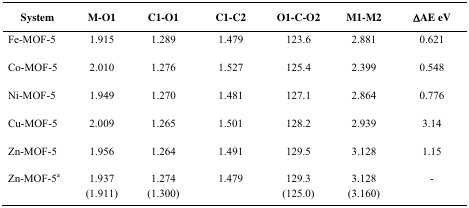
<table><thead><tr><td><b>System</b></td><td><b>M–O1</b></td><td><b>C1–O1</b></td><td><b>C1–C2</b></td><td><b>O1–C–O2</b></td><td><b>M1–M2</b></td><td><b>ΔAE eV</b></td></tr></thead><tbody><tr><td>Fe-MOF-5</td><td>1.915</td><td>1.289</td><td>1.479</td><td>123.6</td><td>2.881</td><td>0.621</td></tr><tr><td>Co-MOF-5</td><td>2.010</td><td>1.276</td><td>1.527</td><td>125.4</td><td>2.399</td><td>0.548</td></tr><tr><td>Ni-MOF-5</td><td>1.949</td><td>1.270</td><td>1.481</td><td>127.1</td><td>2.864</td><td>0.776</td></tr><tr><td>Cu-MOF-5</td><td>2.009</td><td>1.265</td><td>1.501</td><td>128.2</td><td>2.939</td><td>3.14</td></tr><tr><td>Zn-MOF-5</td><td>1.956</td><td>1.264</td><td>1.491</td><td>129.5</td><td>3.128</td><td>1.15</td></tr><tr><td>Zn-MOF-5a</td><td>1.937 (1.911)</td><td>1.274 (1.300)</td><td>1.479</td><td>129.3 (125.0)</td><td>3.128 (3.160)</td><td>-</td></tr></tbody></table>